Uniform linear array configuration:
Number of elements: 4
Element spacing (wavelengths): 1
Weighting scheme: uniform
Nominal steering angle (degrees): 30
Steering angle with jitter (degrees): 29.297
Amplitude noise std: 0.05
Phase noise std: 0.05

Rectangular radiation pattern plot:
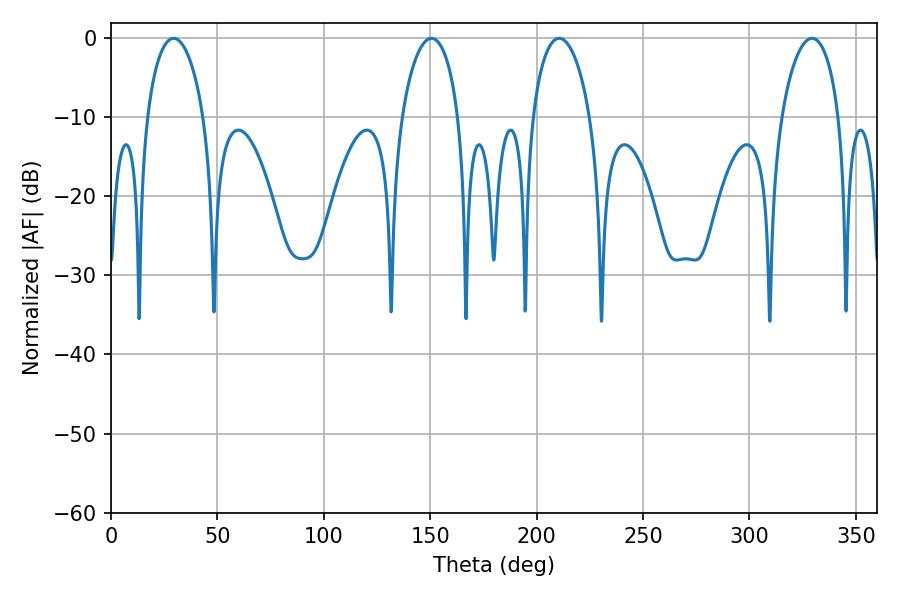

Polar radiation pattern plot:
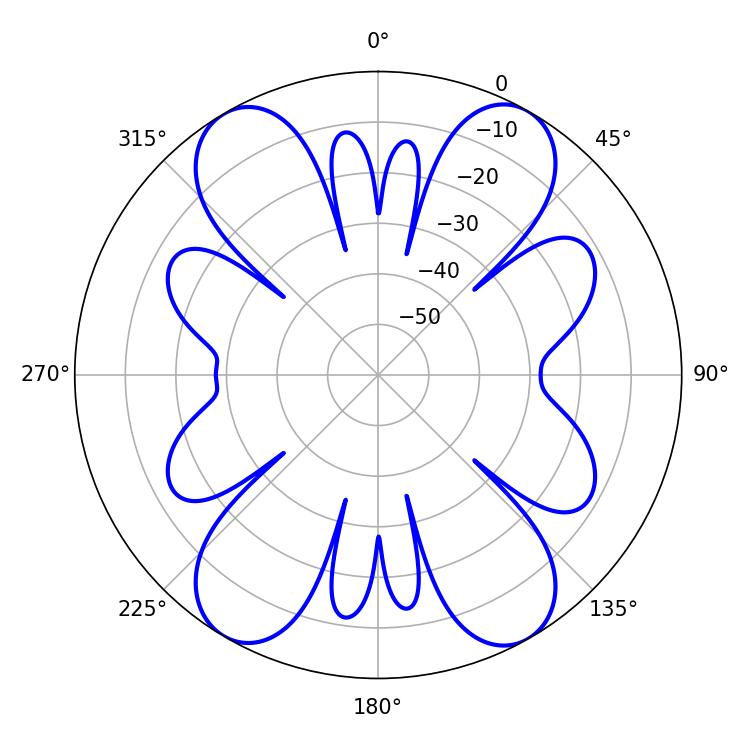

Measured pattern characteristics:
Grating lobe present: TRUE
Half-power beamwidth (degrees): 15.48
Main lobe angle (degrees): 210.6